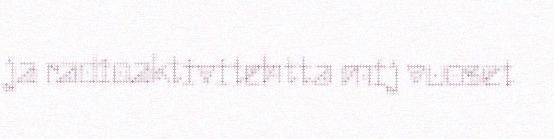
ja radioaktivitehtta mij vuoset